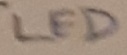
Text: LED